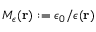
M _ { \epsilon } ( { \bf r } ) : = \epsilon _ { 0 } / \epsilon ( { \bf r } )